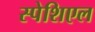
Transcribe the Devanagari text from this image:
स्पेशिएल